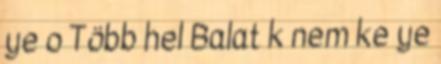
ye o Több hel Balat k nem ke ye